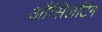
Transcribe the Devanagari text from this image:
औसिलेटिंग